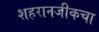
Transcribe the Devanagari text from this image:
शहरानजीकचा